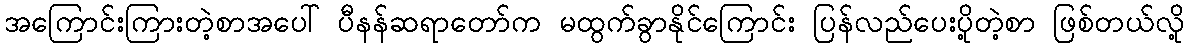
အကြောင်းကြားတဲ့စာအပေါ် ပီနန်ဆရာတော်က မထွက်ခွာနိုင်ကြောင်း ပြန်လည်ပေးပို့တဲ့စာ ဖြစ်တယ်လို့